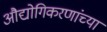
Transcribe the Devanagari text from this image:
औद्योगिकरणांच्या